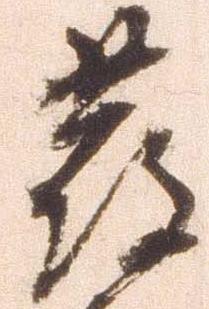
発